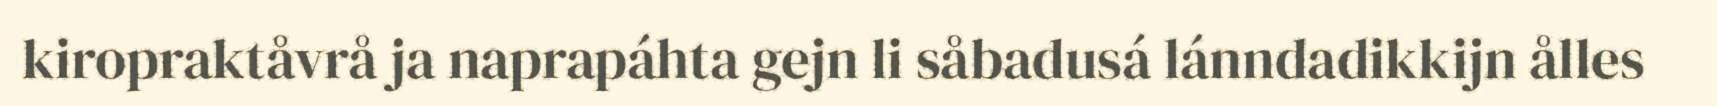
kiropraktåvrå ja naprapáhta gejn li såbadusá lánndadikkijn ålles